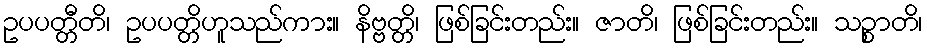
ဥပပတ္တီတိ၊ ဥပပတ္တိဟူသည်ကား။ နိဗ္ဗတ္တိ၊ ဖြစ်ခြင်းတည်း။ ဇာတိ၊ ဖြစ်ခြင်းတည်း။ သဉ္စာတိ၊